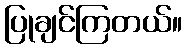
ပြုချင်ကြတယ်။